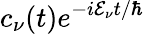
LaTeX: c_{\nu}(t)e^{-i\mathcal{E}_{\nu}t/\hbar}